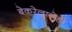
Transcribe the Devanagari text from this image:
बेकरेलासेही